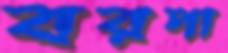
বরপা